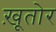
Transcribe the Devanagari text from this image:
ख़ूतोर